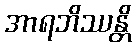
အာရဘိဿန္တိ